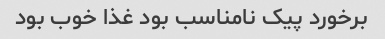
برخورد پیک نامناسب بود غذا خوب بود